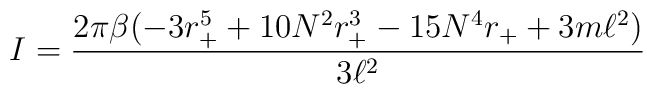
I=\frac{2\pi \beta (-3r_{+}^{5}+10N^{2}r_{+}^{3}-15N^{4}r_{+}+3m\ell^{2})}{3\ell^{2}}